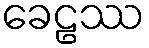
ခေဠဿ